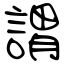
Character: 謂